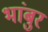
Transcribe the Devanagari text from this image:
भांबुर